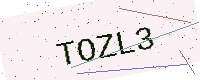
Text: TOZL3